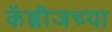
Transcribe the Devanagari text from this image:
केंब्रीजच्या